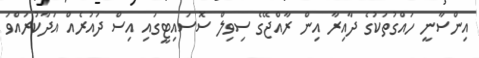
އިންސާނީ ހައްގުތަކުގެ ދާއިރާ އިން ރާއްޖޭގެ ސިވިލް ސޮސައިޓީގައި އިސް ދައުރެއް އަދާކުރައްވަ